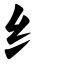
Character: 纟